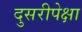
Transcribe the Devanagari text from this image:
दुसरीपेक्षा